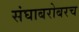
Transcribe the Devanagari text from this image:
संघाबरोबरच